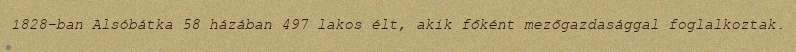
1828-ban Alsóbátka 58 házában 497 lakos élt, akik főként mezőgazdasággal foglalkoztak.